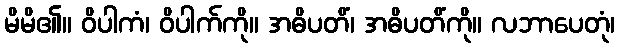
မိမိ၏။ ဝိပါကံ၊ ဝိပါက်ကို။ အဓိပတိံ၊ အဓိပတိံကို။ လဘာပေတုံ၊